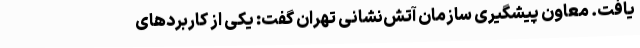
یافت. معاون پیشگیری سازمان آتش‌نشانی تهران گفت: یکی از کاربردهای